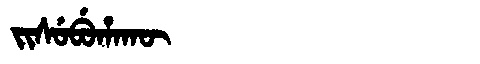
Manchu: ᠵᡳᠰᡠᠪᡠᡥᠠᡴᡡ
Romanization: JISUBUHAKŪ